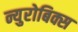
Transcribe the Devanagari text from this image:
न्युरोबिक्स